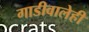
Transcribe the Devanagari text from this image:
गाडीवालेही